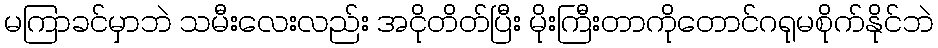
မကြာခင်မှာဘဲ သမီးလေးလည်း အငိုတိတ်ပြီး မိုးကြီးတာကိုတောင်ဂရုမစိုက်နိုင်ဘဲ